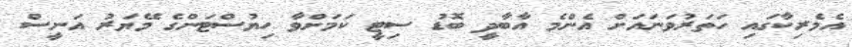
އެމެރިކާގައި ހަތަރުވަނައަށް އެންމެ އާބާދީ ބޮޑު ސިޓީ ކަމަށްވާ ހިޔުސްޓަންގެ މޭޔަރު އަނީސް